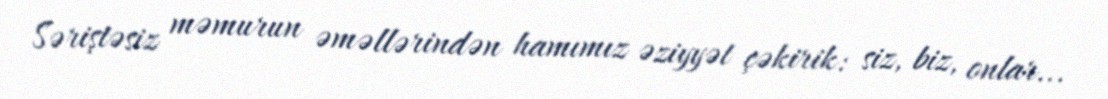
Səriştəsiz məmurun əməllərindən hamımız əziyyət çəkirik: siz, biz, onlar...